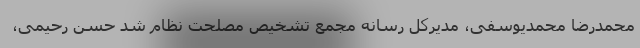
محمدرضا محمدیوسفی، مدیرکل رسانه مجمع تشخیص مصلحت نظام شد حسن رحیمی،